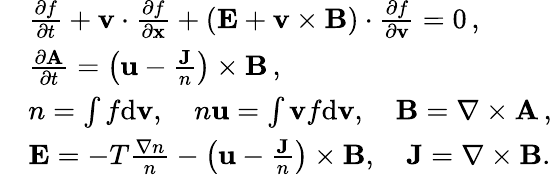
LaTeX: \begin{array}{rl}&{\frac{\partial f}{\partial t}+{\mathbf v}\cdot\frac{\partial f}{\partial\mathbf{x}}+({\mathbf E}+{\mathbf v}\times{\mathbf{B}})\cdot\frac{\partial f}{\partial{\mathbf v}}=0\, ,}\\ &{\frac{\partial{\mathbf A}}{\partial t}=\left(\mathbf u-\frac{\mathbf J}{n}\right)\times{\mathbf{B}}\, ,}\\ &{n=\int f\mathrm{d}{\mathbf v},\quad n{\mathbf u}=\int{\mathbf v}f\mathrm{d}{\mathbf v},\quad\mathbf{B}=\nabla\times{\mathbf A}\, ,}\\ &{{\mathbf E}=-T\frac{\nabla n}{n}-\left(\mathbf u-\frac{\mathbf J}{n}\right)\times{\mathbf{B}},\quad\mathbf J=\nabla\times{\mathbf B}.}\end{array}